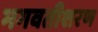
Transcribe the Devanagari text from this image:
भगवतीशरण